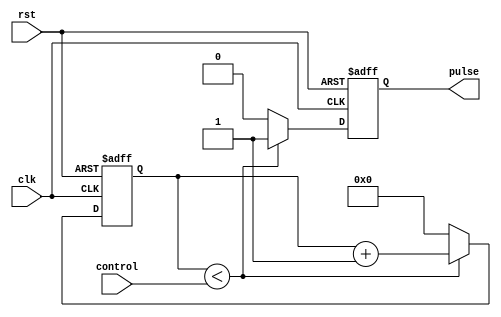
module VariablePulseWidthGenerator (
    input wire clk,
    input wire rst,
    input wire [7:0] control,
    output reg pulse
);

reg [7:0] count;

always @(posedge clk or posedge rst) begin
    if (rst) begin
        count <= 8'b0;
        pulse <= 1'b0;
    end else begin
        if (count < control) begin
            count <= count + 1;
            pulse <= 1'b1;
        end else begin
            count <= 8'b0;
            pulse <= 1'b0;
        end
    end
end

endmodule